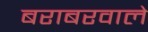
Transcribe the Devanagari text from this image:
बराबरवाले